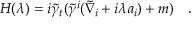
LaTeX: H ( \lambda ) = i \tilde { \gamma } _ { t } ( \tilde { \gamma } ^ { i } ( \tilde { \nabla } _ { i } + i \lambda a _ { i } ) + m ) ~ ~ ~ .